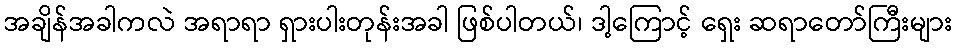
အချိန်အခါကလဲ အရာရာ ရှားပါးတုန်းအခါ ဖြစ်ပါတယ်၊ ဒါ့ကြောင့် ရှေး ဆရာတော်ကြီးများ